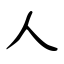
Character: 人